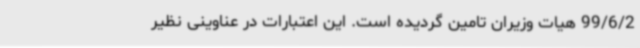
99/6/2 هیات وزیران تامین گردیده است. این اعتبارات در عناوینی نظیر